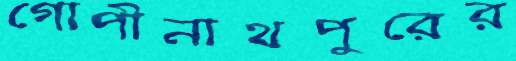
গোপীনাথপুরের